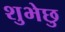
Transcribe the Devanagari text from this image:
शुभेछु